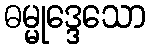
ဓမ္မုဒ္ဒေသော